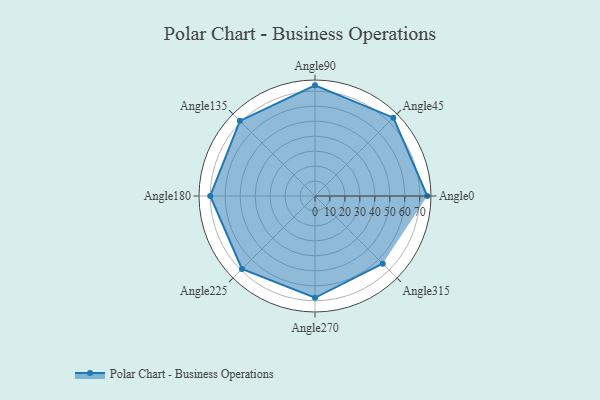
{"axis": {"x": "Angle", "y": "Radius"}, "legend": [""], "data": [{"x": "Angle0", "y": 75.0, "type": ""}, {"x": "Angle45", "y": 74.0, "type": ""}, {"x": "Angle90", "y": 74.0, "type": ""}, {"x": "Angle135", "y": 71.0, "type": ""}, {"x": "Angle180", "y": 70.0, "type": ""}, {"x": "Angle225", "y": 69.0, "type": ""}, {"x": "Angle270", "y": 68.0, "type": ""}, {"x": "Angle315", "y": 64.0, "type": ""}]}